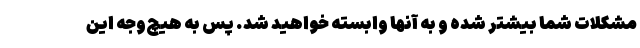
مشکلات شما بیشتر شده و به آنها وابسته خواهید شد. پس به هیچ‌وجه این